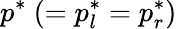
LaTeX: p^{*}~(=p_{l}^{*}=p_{r}^{*})